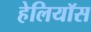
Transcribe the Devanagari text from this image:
हेलियॉस